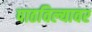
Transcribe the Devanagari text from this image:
पाठविल्यावर